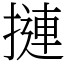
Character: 摙